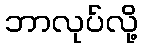
ဘာလုပ်လို့